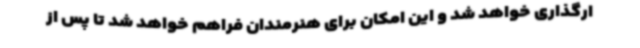
ارگذاری خواهد شد و این امکان برای هنرمندان فراهم خواهد شد تا پس از